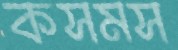
কসমস